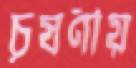
চূষণীয়